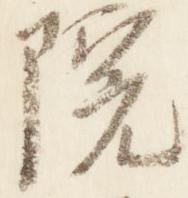
院